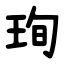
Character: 珣